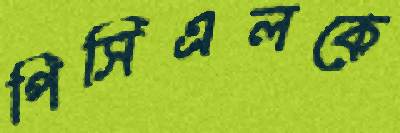
পিসিএলকে